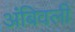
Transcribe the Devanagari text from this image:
अंबिवली